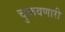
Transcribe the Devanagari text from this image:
चुकवणारी